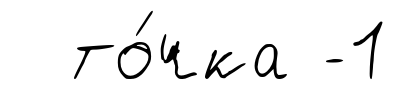
то́чка -1